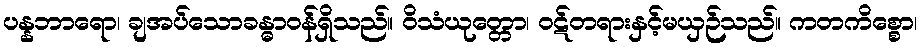
ပန္နဘာရော၊ ချအပ်သောခန္ဓာဝန်ရှိသည်။ ဝိသံယုတ္တော၊ ဝဋ်တရားနှင့်မယှဉ်သည်။ ကတကိစ္စော၊